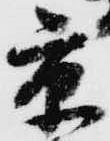
京